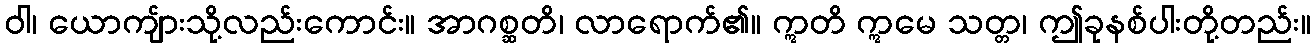
ဝါ၊ ယောကျ်ားသို့လည်းကောင်း။ အာဂစ္ဆတိ၊ လာရောက်၏။ ဣတိ ဣမေ သတ္တ၊ ဤခုနစ်ပါးတို့တည်း။